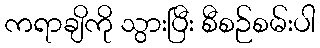
ကရာချိကို သွားပြီး စီစဉ်စမ်းပါ